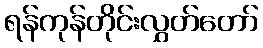
ရန်ကုန်တိုင်းလွှတ်တော်